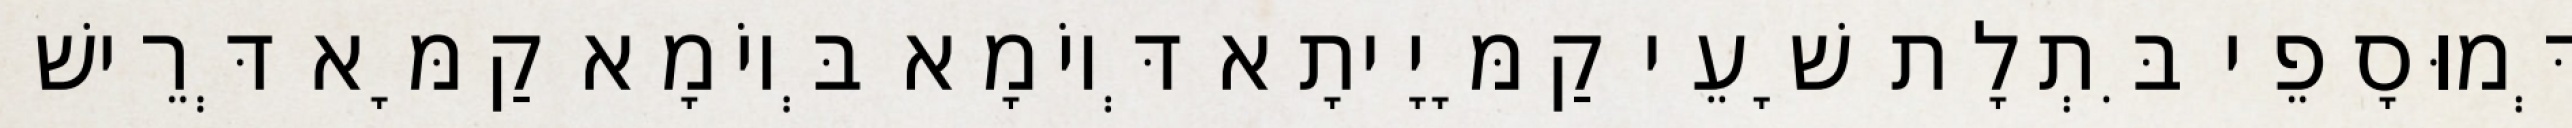
דְּמוּסָפֵי בִּתְלָת שָׁעֵי קַמָּיָיתָא דְּיוֹמָא בְּיוֹמָא קַמָּא דְּרֵישׁ